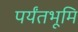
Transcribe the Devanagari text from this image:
पर्यंतभूमि